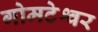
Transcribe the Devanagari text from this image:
गोमटेश्वर